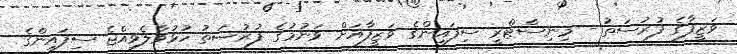
ވަޒީފާގެ ފުރުސަތު - މިނިސްޓްރީ ސިފައިންގެ ވަޒީފާއަށް ވަނުމުގެ ފުރުޞަތު ހުޅުވާލެވިއްޖެ ސިފައިންގެ